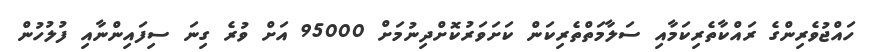
ހައްޖުވެރިންގެ ރައްކާތެރިކަމާއި ސަލާމަތްތެރިކަން ކަށަވަރުކޮށްދިނުމަށް 95000 އަށް ވުރެ ގިނަ ސިފައިންނާއި ފުލުހުން